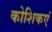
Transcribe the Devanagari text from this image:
कोशिकएं